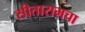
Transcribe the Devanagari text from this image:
सीतारामचा